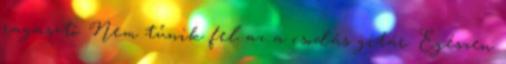
ragasztó. Nem tűnik fel az a csodás gitár. Egészen